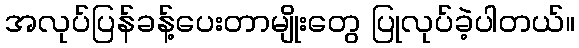
အလုပ်ပြန်ခန့်ပေးတာမျိုးတွေ ပြုလုပ်ခဲ့ပါတယ်။